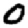
Digit: 0